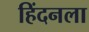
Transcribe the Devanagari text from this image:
हिंदनला